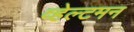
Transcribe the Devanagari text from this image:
व्हेल्टमन